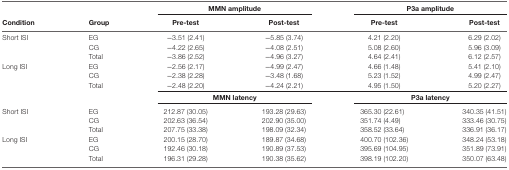
<table><thead><tr><td></td><td></td><td colspan="2"><b>MMN amplitude</b></td><td colspan="2"><b>P3a amplitude</b></td></tr><tr><td><b>Condition</b></td><td><b>Group</b></td><td><b>Pre-test</b></td><td><b>Post-test</b></td><td><b>Pre-test</b></td><td><b>Post-test</b></td></tr></thead><tbody><tr><td>Short ISI</td><td>EG</td><td>−3.51 (2.41)</td><td>−5.85 (3.74)</td><td>4.21 (2.20)</td><td>6.29 (2.02)</td></tr><tr><td></td><td>CG</td><td>−4.22 (2.65)</td><td>−4.08 (2.51)</td><td>5.08 (2.60)</td><td>5.96 (3.09)</td></tr><tr><td></td><td>Total</td><td>−3.86 (2.52)</td><td>−4.96 (3.27)</td><td>4.64 (2.41)</td><td>6.12 (2.57)</td></tr><tr><td>Long ISI</td><td>EG</td><td>−2.56 (2.17)</td><td>−4.99 (2.47)</td><td>4.66 (1.48)</td><td>5.41 (2.10)</td></tr><tr><td></td><td>CG</td><td>−2.38 (2.28)</td><td>−3.48 (1.68)</td><td>5.23 (1.52)</td><td>4.99 (2.47)</td></tr><tr><td></td><td>Total</td><td>−2.48 (2.20)</td><td>−4.24 (2.21)</td><td>4.95 (1.50)</td><td>5.20 (2.27)</td></tr><tr><td></td><td></td><td colspan="2"><b>MMN latency</b></td><td colspan="2"><b>P3a latency</b></td></tr><tr><td>Short ISI</td><td>EG</td><td>212.87 (30.05)</td><td>193.28 (29.63)</td><td>365.30 (22.61)</td><td>340.35 (41.51)</td></tr><tr><td></td><td>CG</td><td>202.63 (36.54)</td><td>202.90 (35.00)</td><td>351.74 (4.49)</td><td>333.46 (30.75)</td></tr><tr><td></td><td>Total</td><td>207.75 (33.38)</td><td>198.09 (32.34)</td><td>358.52 (33.64)</td><td>336.91 (36.17)</td></tr><tr><td>Long ISI</td><td>EG</td><td>200.15 (28.70)</td><td>189.87 (34.68)</td><td>400.70 (102.36)</td><td>348.24 (53.18)</td></tr><tr><td></td><td>CG</td><td>192.46 (30.18)</td><td>190.89 (37.53)</td><td>395.69 (104.95)</td><td>351.89 (73.91)</td></tr><tr><td></td><td>Total</td><td>196.31 (29.28)</td><td>190.38 (35.62)</td><td>398.19 (102.20)</td><td>350.07 (63.48)</td></tr></tbody></table>